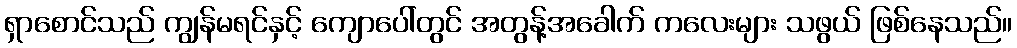
ရှာစောင်သည် ကျွန်မရင်နှင့် ကျောပေါ်တွင် အတွန့်အခေါက် ကလေးများ သဖွယ် ဖြစ်နေသည်။